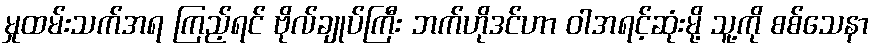
မှုထမ်းသက်အရ ကြည့်ရင် ဗိုလ်ချုပ်ကြီး ဘက်ဟိုဒင်ဟာ ဝါအရင့်ဆုံးမို့ သူ့ကို စစ်သေနာ